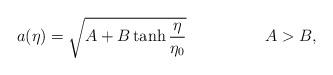
LaTeX: \begin{align*}a(\eta)=\sqrt{A+B\tanh \frac{\eta}{\eta_{0}}} \hspace{2cm} A > B,\end{align*}